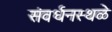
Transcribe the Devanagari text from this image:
संवर्धनस्थळे